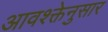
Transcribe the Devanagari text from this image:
आवश्क्तेनुसार